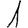
Digit: 1